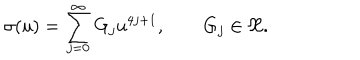
LaTeX: \sigma ( u ) = \sum _ { j = 0 } ^ { \infty } { G } _ { j } u ^ { 4 j + 1 } , \qquad G _ { j } \in \Re .